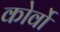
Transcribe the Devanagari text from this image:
कोर्वो